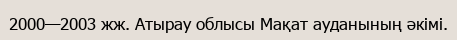
2000—2003 жж. Атырау облысы Мақат ауданының әкімі.